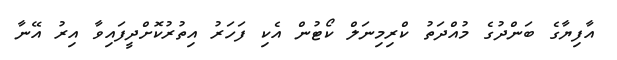
އާފިޔާގެ ބަންދުގެ މުއްދަތު ކްރިމިނަލް ކޯޓުން އެކި ފަހަރު އިތުރުކޮށްދީފައިވާ އިރު އޭނާ